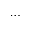
\dots